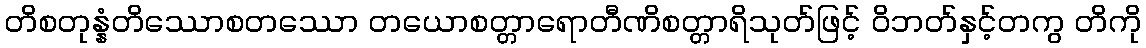
တိစတုန္နံတိဿောစတဿော တယောစတ္တာရောတီဏိစတ္တာရိသုတ်ဖြင့် ဝိဘတ်နှင့်တကွ တိကို